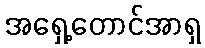
အရှေ့တောင်အာရှ